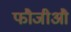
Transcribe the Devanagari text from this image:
फौजीऔ